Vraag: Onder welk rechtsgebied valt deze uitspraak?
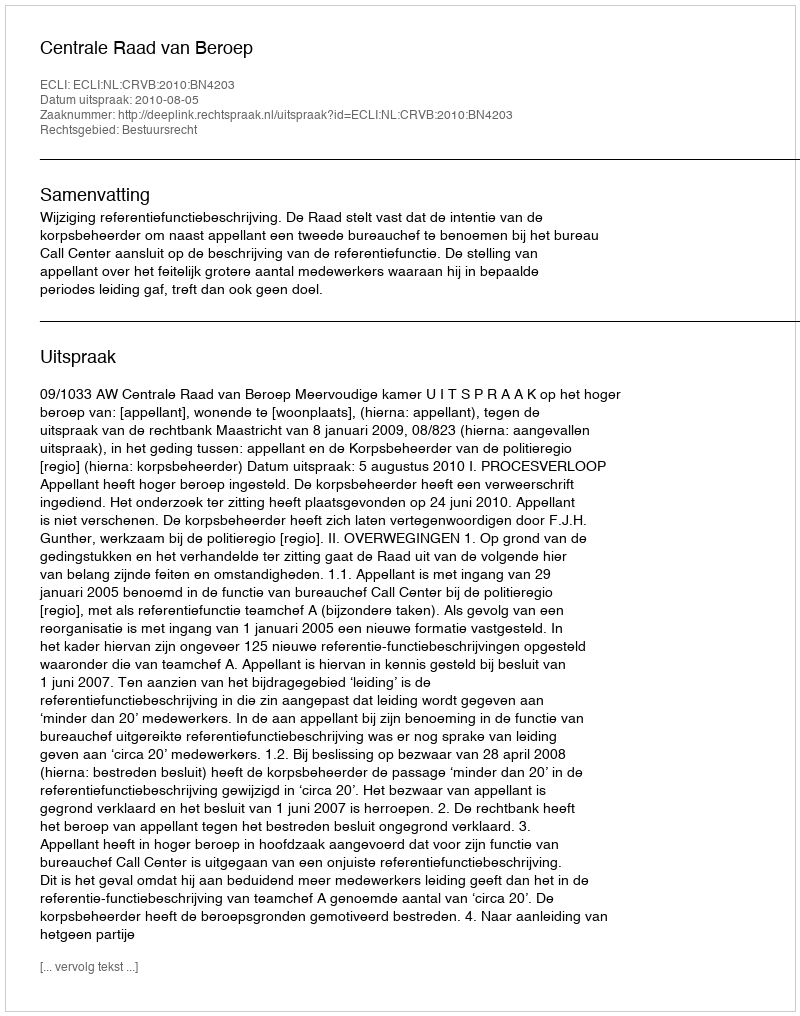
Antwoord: Bestuursrecht